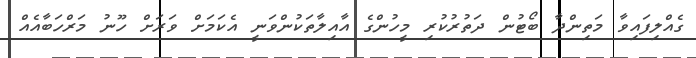
ގެއްލިފައިވާ މަތިންދާ ބޯޓުން ދަތުރުކުރި މީހުންގެ އާއިލާތަކުންވަނީ އެކަމަށް ވަރަށް ހޫނު މަރްހަބާއެއް